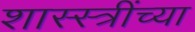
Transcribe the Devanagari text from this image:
शास्स्त्रींच्या